Lunatic asylums Central Provinces reports 1886-1894 - 1886-1894
Year: 1886
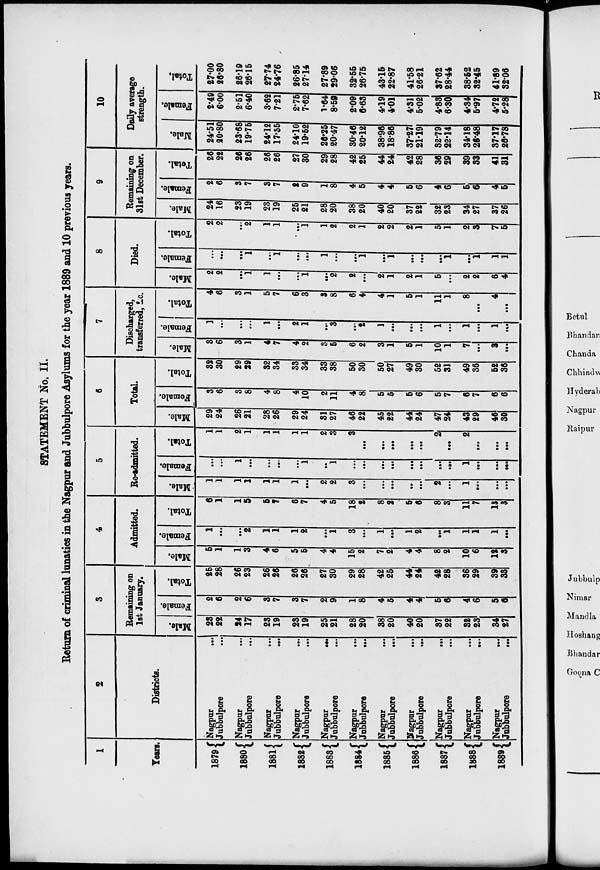
STATEMENT No. II.
Return of criminal lunatics in the Nagpur and Jubbulpore Asylums for the year 1889 and 10 previous years.
1
Years.
1879
1880
1881
1882
1883
1884
1885
1886
1887
1888
1889
2
Districts.
Nagpur
...
Jubbulpore ...
Nagpur ...
Jubbulpore ...
Nagpur
...
Jubbulpore
...
Nagpur
...
Jubbulpore ...
Nagpur
...
Jubbulpore ...
Nagpur
...
Jubbulpore
...
Nagpur ...
Jubbulpore ...
Nagpur
...
Jubbulpore ...
Nagpur
...
Jubbulpore ...
Nagpur
...
Jubbulpore
...
Nagpur
...
Jubbulpore
...
3
Remaining on
1st January.
Male.
23
22
24
17
23
19
23
19
25
21
28
20
38
20
40
20
37
22
32
23
34
27
Female.
2
6
2
6
3
7
3
7
2
9
1
8
4
5
4
4
5
6
4
6
5
6
Total.
25
28
26
23
26
26
26
26
27
30
29
28
42
25
44
24
42
28
36
29
39
33
4
Admitted.
Male.
5
1
1
3
4
6
5
5
4
4
15
2
7
2
4
4
8
2
10
6
12
3
Female.
1
...
...
2
1
1
1
2
...
1
3
...
1
...
1
2
...
1
1
1
1
...
Total.
6
1
1
5
5
7
6
7
4
5
18
2
8
2
5
6
8
3
11
7
13
3
5
Re-admitted.
Male.
1
1
1
1
1
1
1
...
2
2
3
...
...
...
...
...
2
...
1
...
...
...
Female.
...
...
1
...
...
...
...
1
...
1
...
...
...
...
...
...
...
...
1
...
...
...
Total.
1
1
2
1
1
1
1
1
2
3
3
...
...
...
...
...
2
...
2
...
...
...
6
Total.
Male.
29
24
26
21
28
26
29
24
31
27
46
22
45
22
44
24
47
24
43
29
46
30
Female.
3
6
3
8
4
8
4
10
2
11
4
8
5
5
5
6
5
7
6
7
6
6
Total.
32
30
29
29
32
34
33
34
33
38
50
30
50
27
49
30
52
31
49
36
52
36
7
Discharged,
transferred, &c.
Male.
3
6
3
1
4
7
4
2
3
5
6
2
3
1
5
1
10
1
7
...
3
...
Female.
1
...
...
...
1
...
2
1
...
3
...
2
1
...
...
...
1
...
1
...
1
...
Total.
4
6
3
1
5
7
6
3
3
8
6
4
4
1
5
1
11
1
8
...
4
...
8
Died.
Male.
2
2
...
1
1
...
...
1
...
2
2
...
2
1
2
1
5
...
2
2
6
4
Female.
...
...
...
1
...
1
...
...
1
...
...
1
...
1
...
...
...
1
...
1
1
1
Total.
2
2
...
2
1
1
...
1
1
2
2
1
2
2
2
1
5
1
2
3
7
5
9
Remaining on
31st December.
Male.
24
16
23
19
23
19
25
21
28
20
38
20
40
20
37
22
32
23
34
27
37
26
Female.
2
6
3
7
3
7
2
9
1
8
4
5
4
4
5
6
4
6
5
6
4
5
Total.
26
22
26
26
26
26
27
30
29
28
42
25
44
24
42
28
36
29
39
33
41
31
10
Daily average
strength.
Male.
24.51
20.80
23.68
19.75
24.12
17.55
24.10
19.52
26.25
20.47
30.46
20.12
38.96
18.86
37.27
21.19
32.79
22.14
34.18
26.48
37.17
26.78
Female.
2.49
6.00
2.51
6.40
3.62
7.21
2.75
7.62
1.64
8.59
2.09
6.63
4.19
4.01
4.31
5.02
4.83
6.30
4.34
5.97
4.72
5.28
Total.
27.00
26.80
26.19
26.15
27.74
24.76
26.85
27.14
27.89
29.06
32.55
26.75
43.15
22.87
41.58
26.21
37.62
28.44
38.52
32.45
41.89
32.06